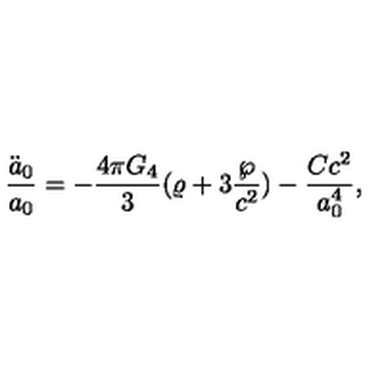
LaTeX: { \frac { \ddot { a } _ { 0 } } { a _ { 0 } } } = - { \frac { 4 \pi G _ { 4 } } { 3 } } ( \varrho + 3 { \frac { \wp } { c ^ { 2 } } } ) - { \frac { C c ^ { 2 } } { a _ { 0 } ^ { 4 } } } ,